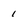
Character: 1